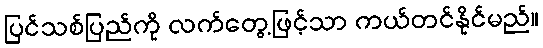
ပြင်သစ်ပြည်ကို လက်တွေ့ဖြင့်သာ ကယ်တင်နိုင်မည်။